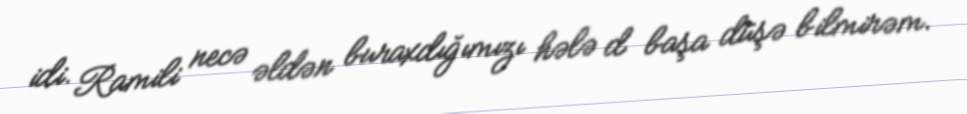
idi. Ramili necə əldən buraxdığımızı hələ d başa düşə bilmirəm.